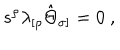
s ^ { \rho } \lambda _ { [ \rho } \hat { \Theta } _ { \sigma ] } = 0 \ ,